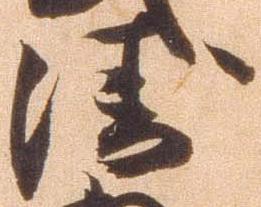
衛